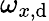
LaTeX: \omega_{x,\mathrm{d}}